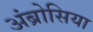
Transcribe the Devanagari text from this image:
अंब्रोसिया